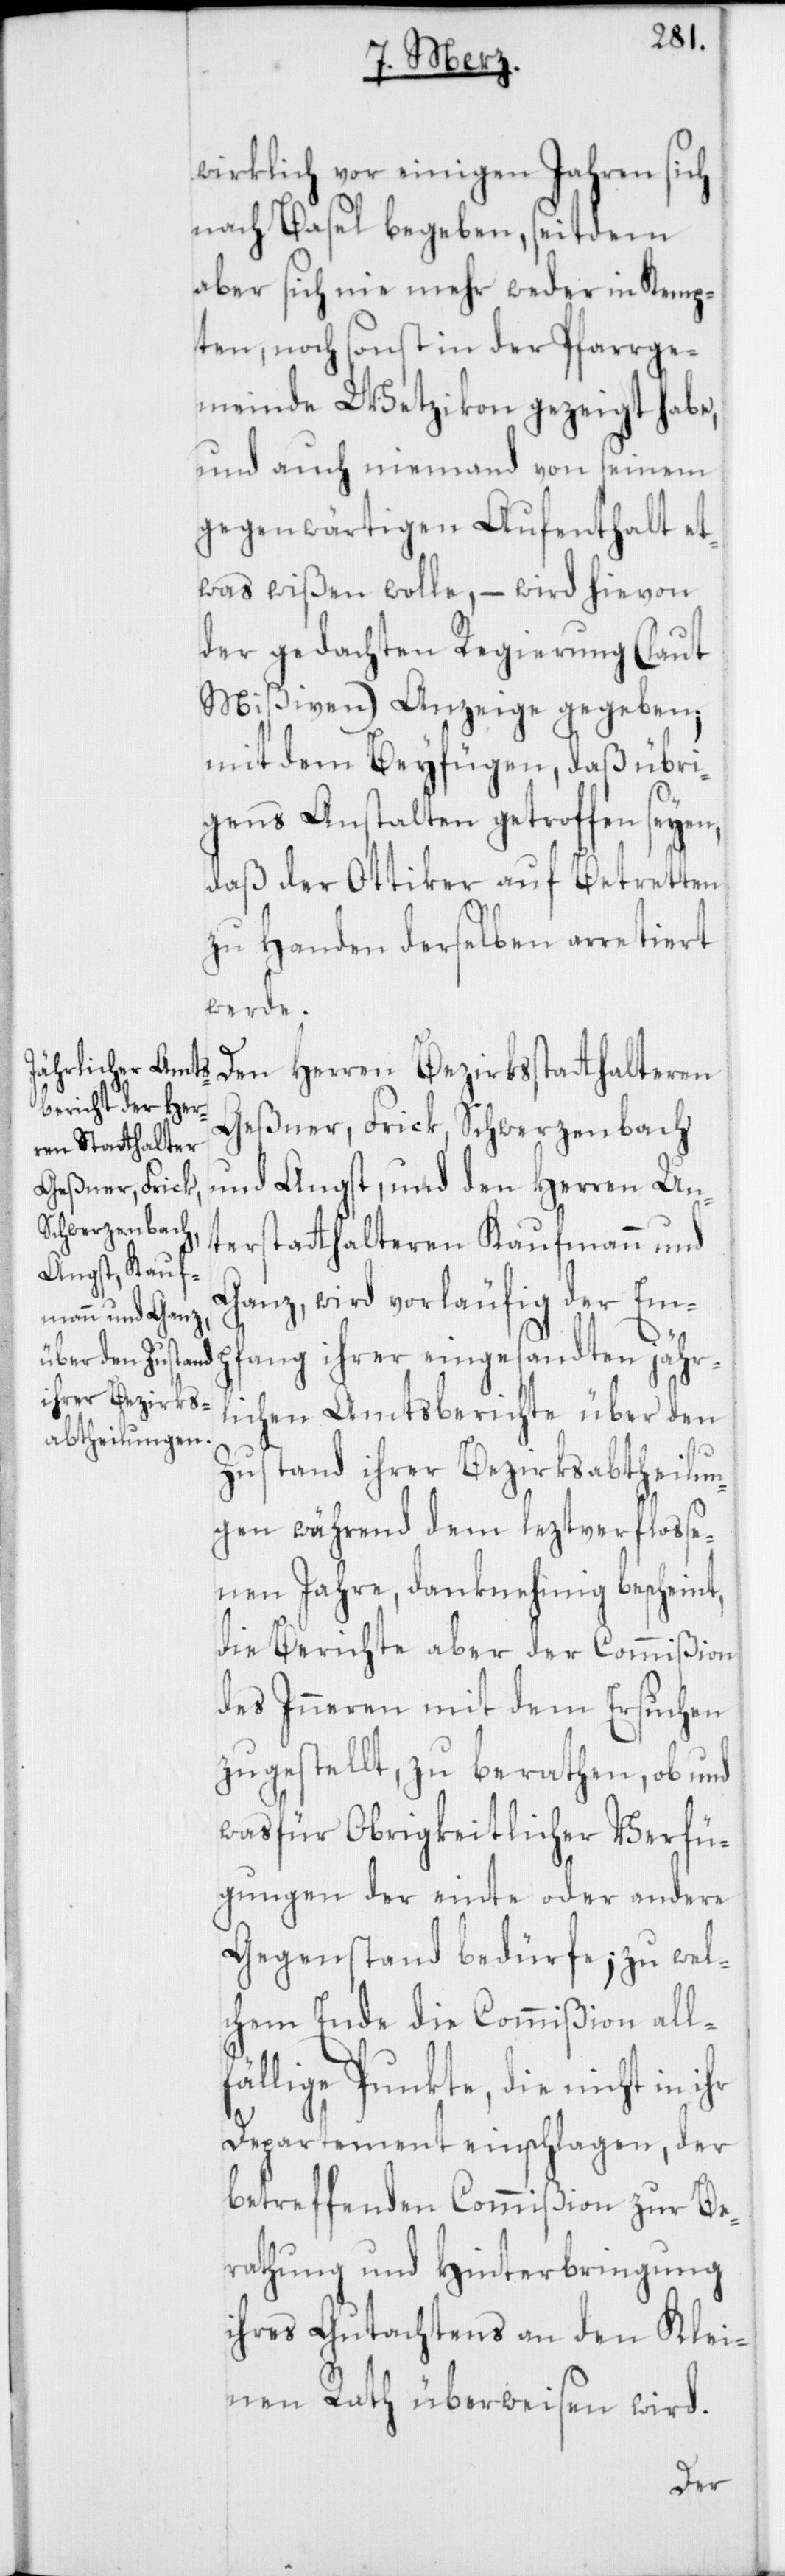
wirklich vor einigen Jahren sich
nach Basel begeben, seitdem
aber sich nie mehr weder in Kemp¬
ten, noch sonst in der Pfarrge¬
meinde Wetzikon gezeigt habe,
und auch niemand von seinem
gegenwärtigen Aufenthalt et¬
was wißen wolle, – wird hievon
der gedachten Regierung (laut
Mißiven) Anzeige gegeben;
mit dem Beyfügen, daß übri¬
gens Anstalten getroffen seyen,
daß der Ottiker auf Betretten
zu Handen derselben arretiert
werde.
Den Herren Bezirksstatthalteren
Geßner, Frick, Schwerzenbach
und Angst, und den Herren Un¬
terstatthalteren Kaufmann und
Ganz, wird vorläufig der Emp¬
fang ihrer eingesandten jähr¬
lichen Amtsberichte über den
Zustand ihrer Bezirksabtheilun¬
gen während dem leztverfloße¬
nen Jahre, danknehmig bescheint,
die Berichte aber der Commißion
des Inneren mit dem Ersuchen
zugestellt, zu berathen, ob und
was für Obrigkeitlicher Verfü¬
gungen der einte oder andere
Gegenstand bedürfe; zu wel¬
chem Ende die Commißion all¬
fählige Punkte, die nicht in ihr
Departement einschlagen, der
betreffenden Commißion zur Be¬
rathung und Hinterbringung
ihres Gutachtens an den Klei¬
nen Rath überweisen wird.